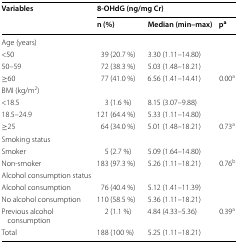
<table><thead><tr><td rowspan="2"><b>Variables</b></td><td colspan="3"><b>8-OHdG (ng/mg Cr)</b></td></tr><tr><td><b>n (%)</b></td><td><b>Median (min–max)</b></td><td><b>p<sup>a</sup></b></td></tr></thead><tbody><tr><td colspan="4">Age (years)</td></tr><tr><td>&lt;50</td><td>39 (20.7 %)</td><td>3.30 (1.11–14.80)</td><td></td></tr><tr><td>50–59</td><td>72 (38.3 %)</td><td>5.03 (1.48–18.21)</td><td></td></tr><tr><td>≥60</td><td>77 (41.0 %)</td><td>6.56 (1.41–14.41)</td><td>0.00<sup>a</sup></td></tr><tr><td colspan="4">BMI (kg/m<sup>2</sup>)</td></tr><tr><td>&lt;18.5</td><td>3 (1.6 %)</td><td>8.15 (3.07–9.88)</td><td></td></tr><tr><td>18.5–24.9</td><td>121 (64.4 %)</td><td>5.33 (1.11–14.80)</td><td></td></tr><tr><td>≥25</td><td>64 (34.0 %)</td><td>5.01 (1.48–18.21)</td><td>0.73<sup>a</sup></td></tr><tr><td colspan="4">Smoking status</td></tr><tr><td>Smoker</td><td>5 (2.7 %)</td><td>5.09 (1.64–14.80)</td><td></td></tr><tr><td>Non-smoker</td><td>183 (97.3 %)</td><td>5.26 (1.11–18.21)</td><td>0.76<sup>b</sup></td></tr><tr><td colspan="4">Alcohol consumption status</td></tr><tr><td>Alcohol consumption</td><td>76 (40.4 %)</td><td>5.12 (1.41–11.39)</td><td></td></tr><tr><td>No alcohol consumption</td><td>110 (58.5 %)</td><td>5.36 (1.11–18.21)</td><td></td></tr><tr><td>Previous alcohol consumption</td><td>2 (1.1 %)</td><td>4.84 (4.33–5.36)</td><td>0.39<sup>a</sup></td></tr><tr><td>Total</td><td>188 (100 %)</td><td>5.25 (1.11–18.21)</td><td></td></tr></tbody></table>